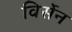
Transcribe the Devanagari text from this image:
विर्सेन